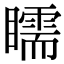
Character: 𥌎